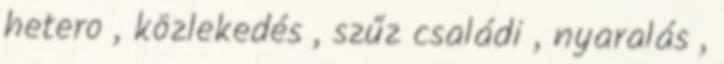
hetero , közlekedés , szűz családi , nyaralás ,